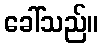
ခေါ်သည်။